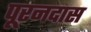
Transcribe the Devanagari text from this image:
पूरनदास